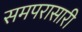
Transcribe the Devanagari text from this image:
समपरासारी